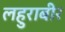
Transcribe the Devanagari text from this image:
लहुराबीर